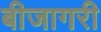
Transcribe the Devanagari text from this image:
बीजागरी